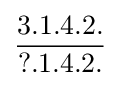
{\frac {3.1.4.2.}{?.1.4.2.}}